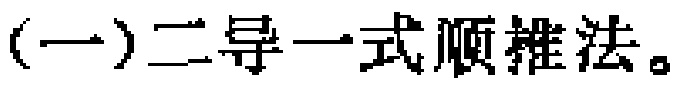
(一)二导一式顺推法。